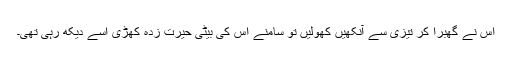
اس نے گھبرا کر تیزی سے آنکھیں کھولیں تو سامنے اس کی بیٹی حیرت زدہ کھڑی اسے دیکھ رہی تھی۔